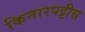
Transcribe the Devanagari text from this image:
किनारपट्टीस